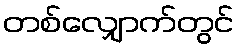
တစ်လျှောက်တွင်